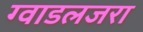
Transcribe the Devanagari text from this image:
ग्वाडलजरा